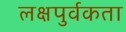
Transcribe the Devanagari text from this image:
लक्षपुर्वकता